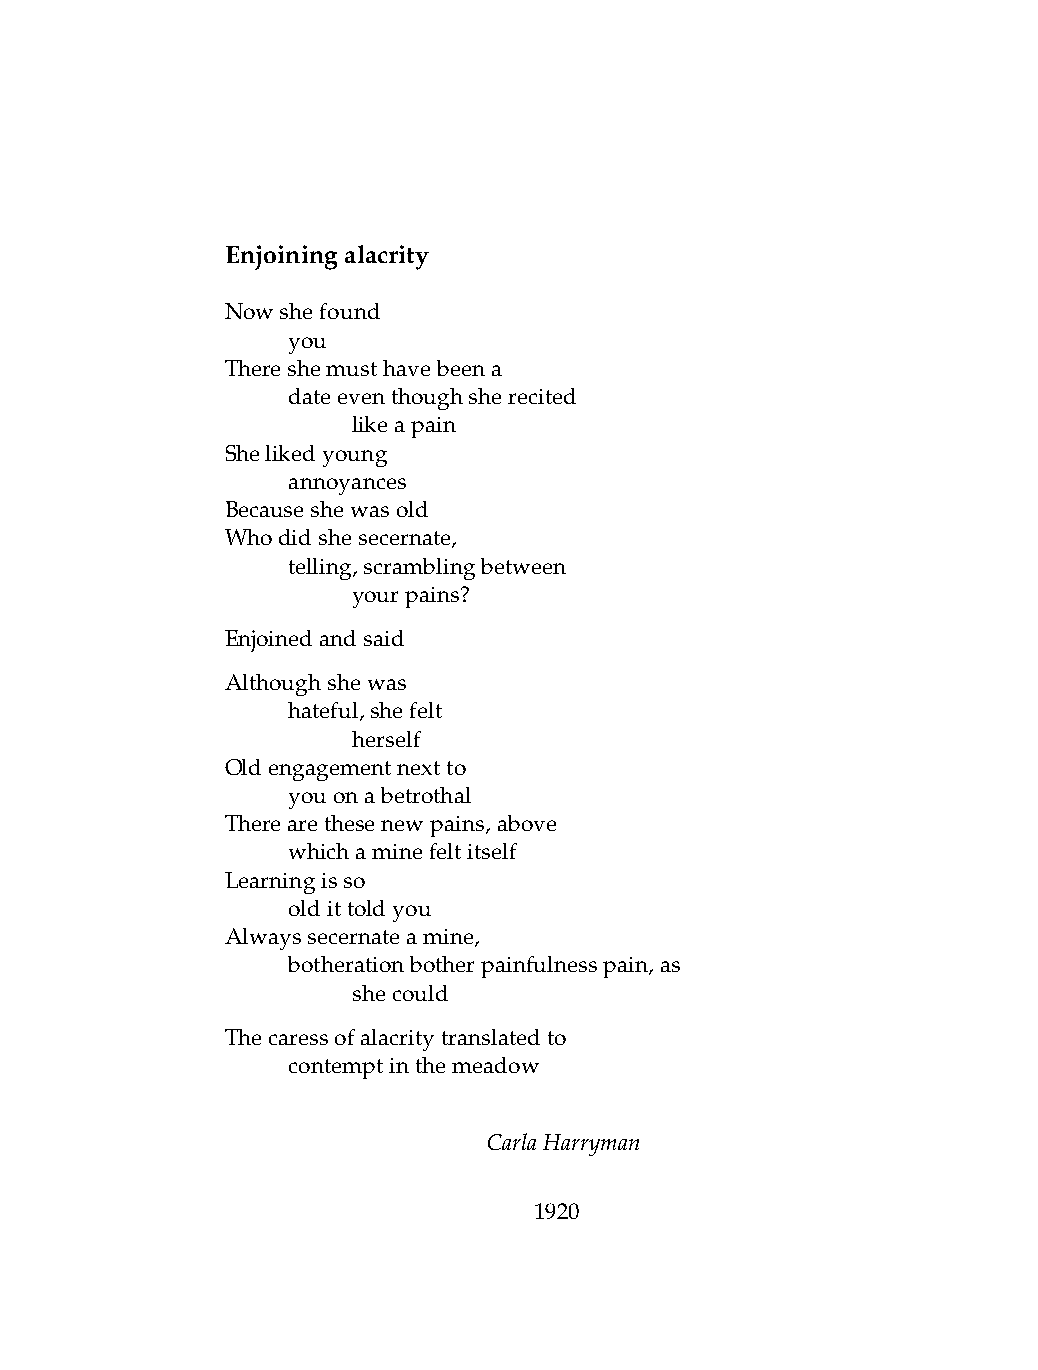
Enjoiningalacrity
 Nowshefound
 .   you
 Thereshemusthavebeena
 .   dateeventhoughsherecited
 .   .   likeapain
 Shelikedyoung
 .   annoyances
 Becauseshewasold
 Whodidshesecernate,
 .   telling,scramblingbetween
 .   .   yourpains?
 Enjoinedandsaid
 Althoughshewas
 .   hateful,shefelt
 .   .   herself
 Oldengagementnextto
 .   youonabetrothal
 Therearethesenewpains,above
 .   whichaminefeltitself
 Learningisso
 .   oldittoldyou
 Alwayssecernateamine,
 .   botherationbotherpainfulnesspain,as
 .   .   shecould
 Thecaressofalacritytranslatedto
 .   contemptinthemeadow
 CarlaHarryman
 1920